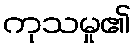
ကုသမှု၏